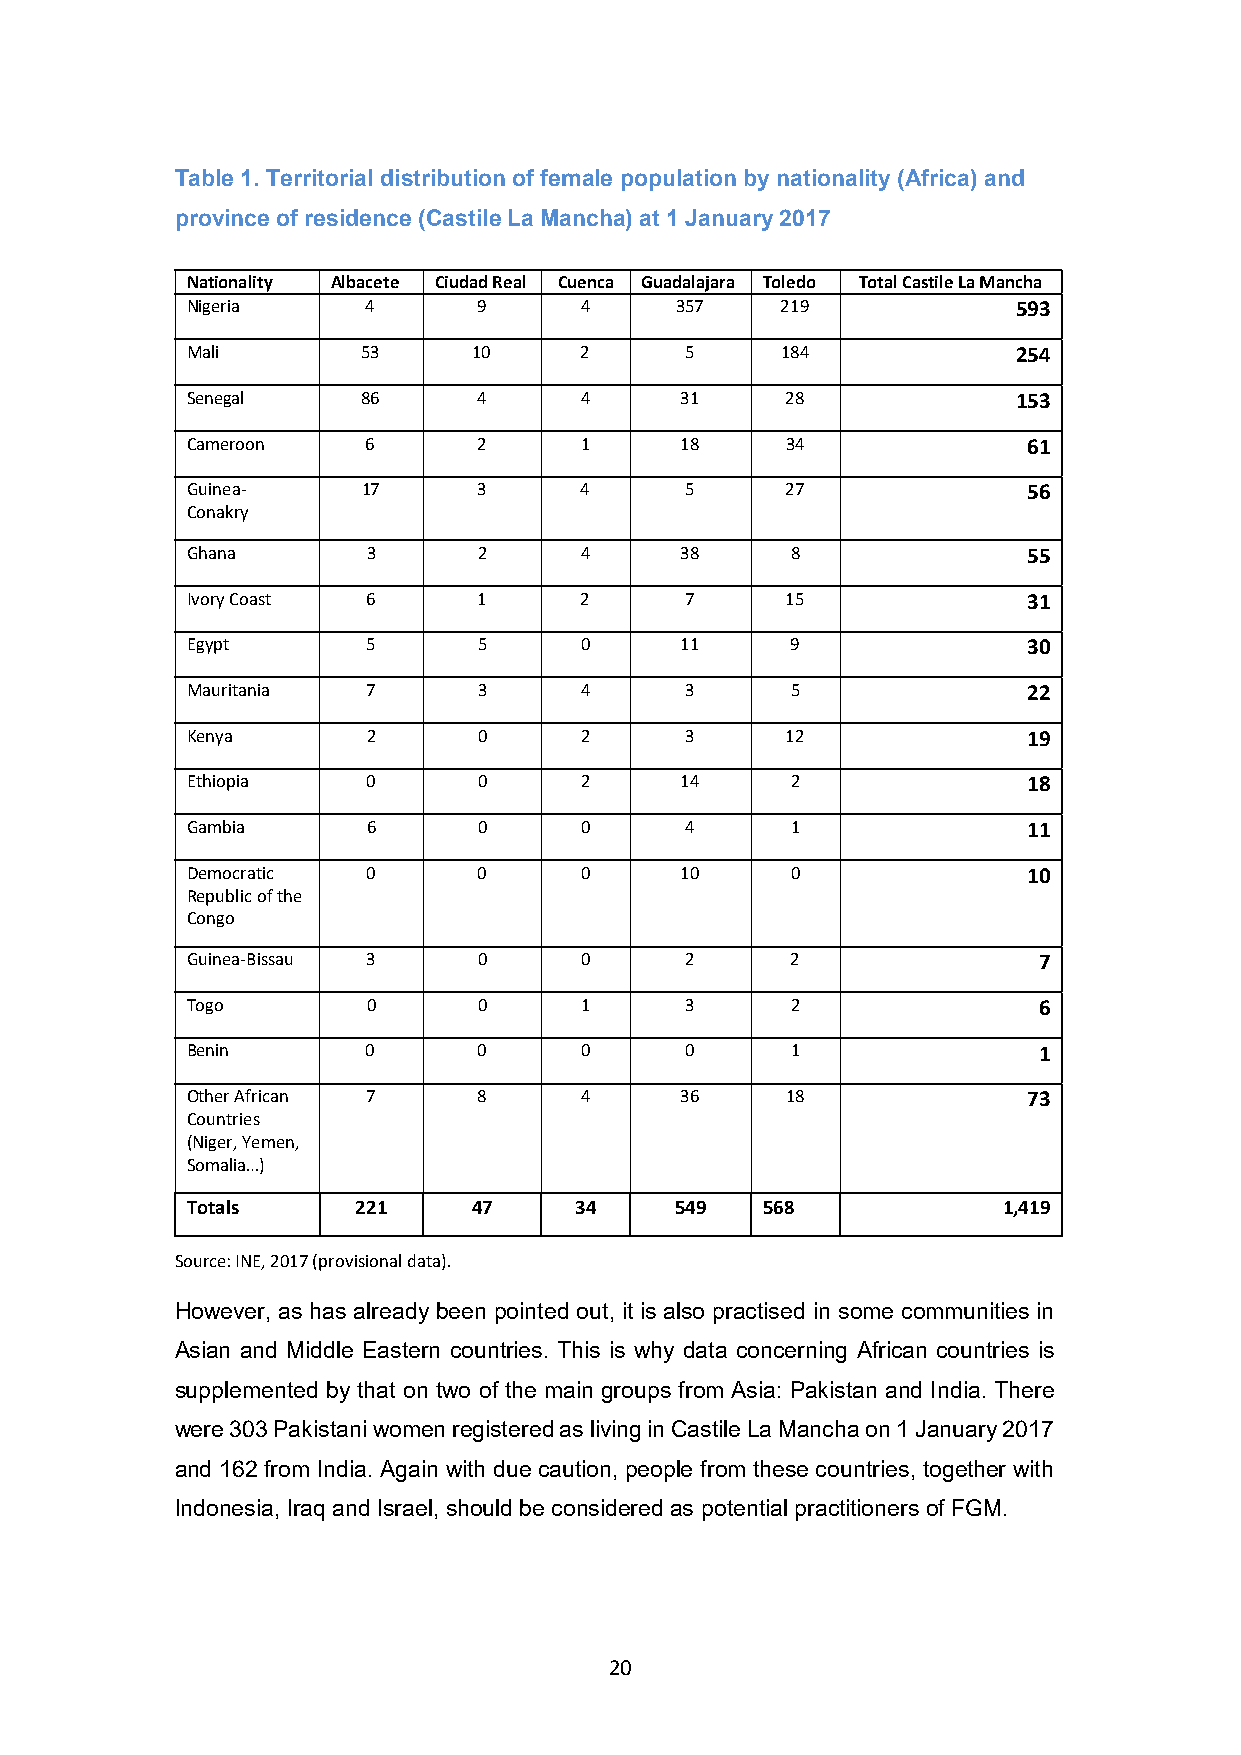
Table 1. Territorial distribution of female population by nationality (Africa) and
 province of residence (Castile La Mancha) at 1 January 2017
 Nationality Albacete Ciudad Real Cuenca Guadalajara Toledo Total Castile La Mancha
 Nigeria     4       9     4      357    219            593
 Mali        53     10     2      5      184            254
 Senegal     86      4     4      31     28             153
 Cameroon    6       2     1      18     34              61
 Guinea-     17      3     4      5      27              56
 Conakry
 Ghana       3       2     4      38     8               55
 Ivory Coast 6       1     2      7      15              31
 Egypt       5       5     0      11     9               30
 Mauritania  7       3     4      3      5               22
 Kenya       2       0     2      3      12              19
 Ethiopia    0       0     2      14     2               18
 Gambia      6       0     0      4      1               11
 Democratic  0       0     0      10     0               10
 Republic of the
 Congo
 Guinea-Bissau 3     0     0      2      2                7
 Togo        0       0     1      3      2                6
 Benin       0       0     0      0      1                1
 Other African 7     8     4      36     18              73
 Countries
 (Niger, Yemen,
 Somalia…)
 Totals      221    47     34     549  568             1,419
 Source: INE, 2017 (provisional data).
 However, as has already been pointed out, it is also practised in some communities in
 Asian and Middle Eastern countries. This is why data concerning African countries is
 supplemented by that on two of the main groups from Asia: Pakistan and India. There
 were 303 Pakistani women registered as living in Castile La Mancha on 1 January 2017
 and 162 from India. Again with due caution, people from these countries, together with
 Indonesia, Iraq and Israel, should be considered as potential practitioners of FGM.
 20